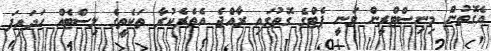
އެގޮތުން މިނިސްޓްރީން ވަނީ ޕެޓްގެ ގޮތުގައި ރާއްޖެ އެތެރެކުރާ ތަކެތީގެ ލިސްޓެއް ހަދައިފަ